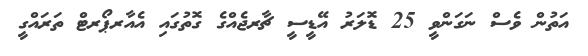
އަތުން ވެސް ނަގަންވީ 25 ޑޮލަރު އޭޑީސީ ޗާރޖެއްގެ ގޮތުގައި އެއާރޕޯރޓް ތަރައްގީ